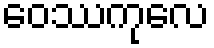
ဝေဿကုလေ